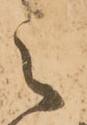
之